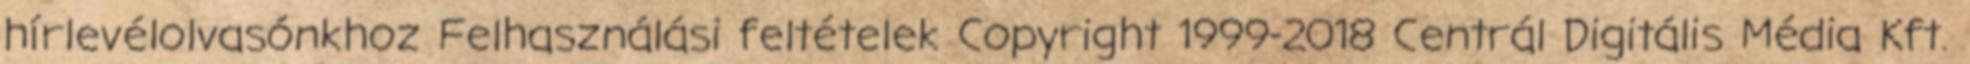
hírlevélolvasónkhoz Felhasználási feltételek Copyright 1999-2018 Centrál Digitális Média Kft.